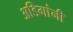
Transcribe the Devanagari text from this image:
अडिगांनी